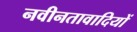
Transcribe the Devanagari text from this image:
नवीनतावादियों